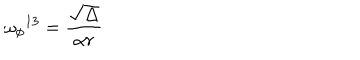
{ \omega _ { \phi } } ^ { 1 3 } = \frac { \sqrt \Delta } { \alpha r } \,